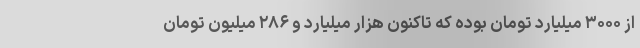
از ۳۰۰۰ میلیارد تومان بوده که تاکنون هزار میلیارد و ۲۸۶ میلیون تومان